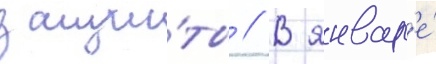
защи́ты // В январ'е́